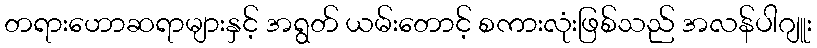
တရားဟောဆရာများနှင့် အရွတ် ယမ်းတောင့် စကားလုံးဖြစ်သည် အလန်ပါဂျူး